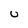
Character: U